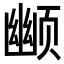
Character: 𬱮